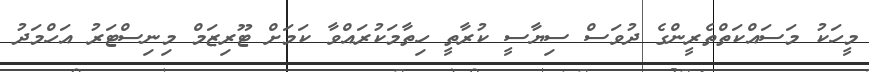
މީހަކު މަސައްކަތްތެރީންގެ ދުވަސް ސިޔާސީ ކުރާތީ ހިތާމަކުރައްވާ ކަމަށް ޓޫރިޒަމް މިނިސްޓަރު އަހްމަދު